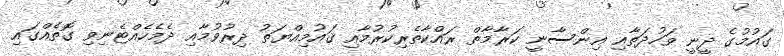
ގައުމުގެ ދީނީ ވަހުދަތާއި އިންސާނީ ކަރާމާތް ރައްކާތެރިކުރުމާއި ޤައުމިއްޔަތު ދިރުވުމާއި ދެމެހެއްޓެނިވި ގޮތެއްގައި